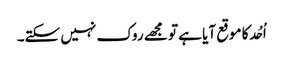
اُحُد کا موقع آیا ہے تو مجھے روک نہیں سکتے۔